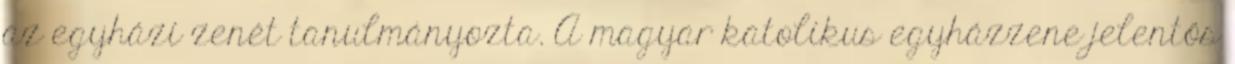
az egyházi zenét tanulmányozta. A magyar katolikus egyházzene jelentős